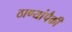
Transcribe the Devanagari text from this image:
ठाण्यांपैकी